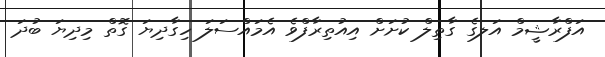
އަފްރާޝީމް އަލގެ ގާތިލް ކުށަށް އިއުތިރާފްވެ އެމައްސަލަ ހިގާދިޔަ ގޮތް މިދިޔަ ބުދަ